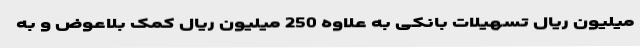
میلیون ریال تسهیلات بانکی به علاوه 250 میلیون ریال کمک بلاعوض و به